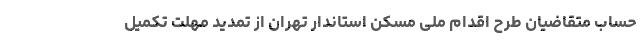
حساب متقاضیان طرح اقدام ملی مسکن استاندار تهران از تمدید مهلت تکمیل